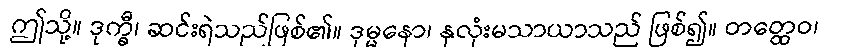
ဤသို့။ ဒုက္ခီ၊ ဆင်းရဲသည်ဖြစ်၏။ ဒုမ္မနော၊ နှလုံးမသာယာသည် ဖြစ်၍။ တတ္ထေဝ၊